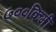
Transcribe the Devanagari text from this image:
७००किमी